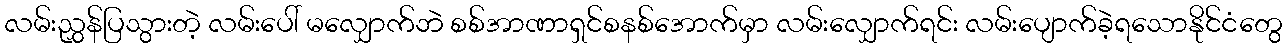
လမ်းညွှန်ပြသွားတဲ့ လမ်းပေါ် မလျှောက်ဘဲ စစ်အာဏာရှင်စနစ်အောက်မှာ လမ်းလျှောက်ရင်း လမ်းပျောက်ခဲ့ရသောနိုင်ငံတွေ